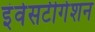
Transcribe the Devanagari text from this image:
इंवेसटीगेशन